Scottish Leaving Certificate Examination, 1960
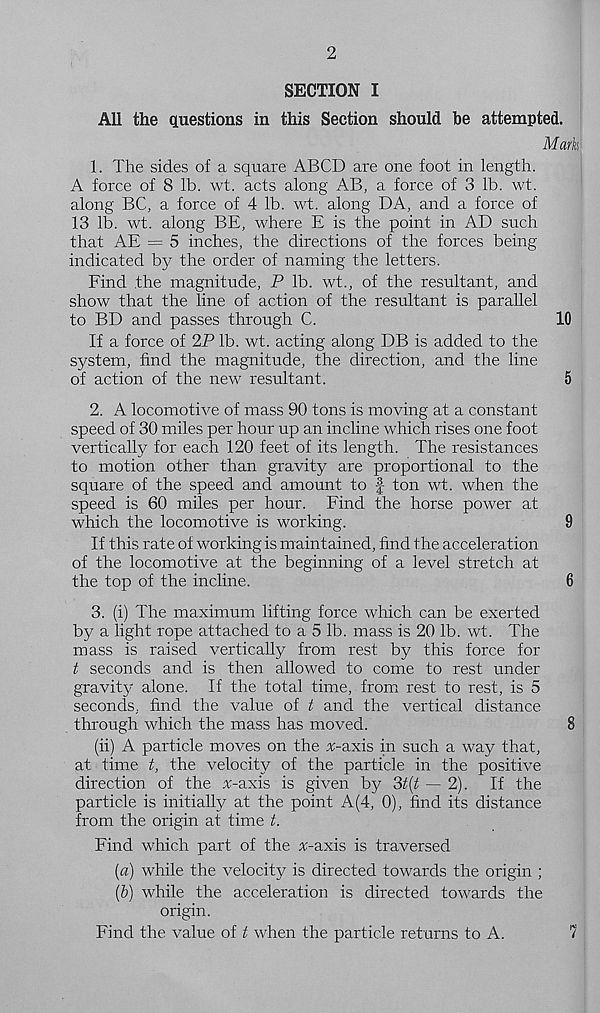
2
SECTION I
All the questions in this Section should be attempted.
Mark
1. The sides of a square ABCD are one foot in length.
A force of 8 lb. wt. acts along AB, a force of 3 lb. wt.
along BC, a force of 4 lb. wt. along DA, and a force of
13 lb. wt. along BE, where E is the point in AD such
that AE = 5 inches, the directions of the forces being
indicated by the order of naming the letters.
Find the magnitude, P lb. wt., of the resultant, and
show that the line of action of the resultant is parallel
to BD and passes through C.
10
If a force of 2P lb. wt. acting along DB is added to the
system, find the magnitude, the direction, and the line
of action of the new resultant.
5
2. A locomotive of mass 90 tons is moving at a constant
speed of 30 miles per hour up an incline which rises one foot
vertically for each 120 feet of its length. The resistances
to motion other than gravity are proportional to the
square of the speed and amount to f ton wt. when the
speed is 60 miles per hour. Find the horse power at
which the locomotive is working.
9
If this rate of working is maintained, find the acceleration
of the locomotive at the beginning of a level stretch at
the top of the incline.
6
3. (i) The maximum lifting force which can be exerted
by a light rope attached to a 5 lb. mass is 20 lb. wt. The
mass is raised vertically from rest by this force for
t seconds and is then allowed to come to rest under
gravity alone. If the total time, from rest to rest, is 5
seconds, find the value of t and the vertical distance
through which the mass has moved.
8
(ii) A particle moves on the ^-axis in such a way that,
at time t, the velocity of the particle in the positive
direction of the ^-axis is given by 3^ — 2). If the
particle is initially at the point A(4, 0), find its distance
from the origin at time t.
Find which part of the %-axis is traversed
(а) while the velocity is directed towards the origin ;
(б) while the acceleration is directed towards the
origin.
Find the value of t when the particle returns to A.
7